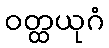
ဝတ္ထယုဂံ